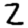
Digit: 2